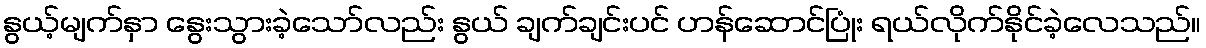
နွယ့်မျက်နှာ နွေးသွားခဲ့သော်လည်း နွယ် ချက်ချင်းပင် ဟန်ဆောင်ပြုံး ရယ်လိုက်နိုင်ခဲ့လေသည်။